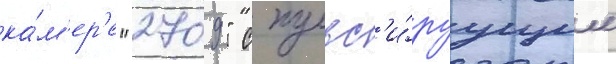
ка́м'ер'е "2709" с пульс'и́руущим